Calcutta medical institutions reports 1871-78
Year: 1871
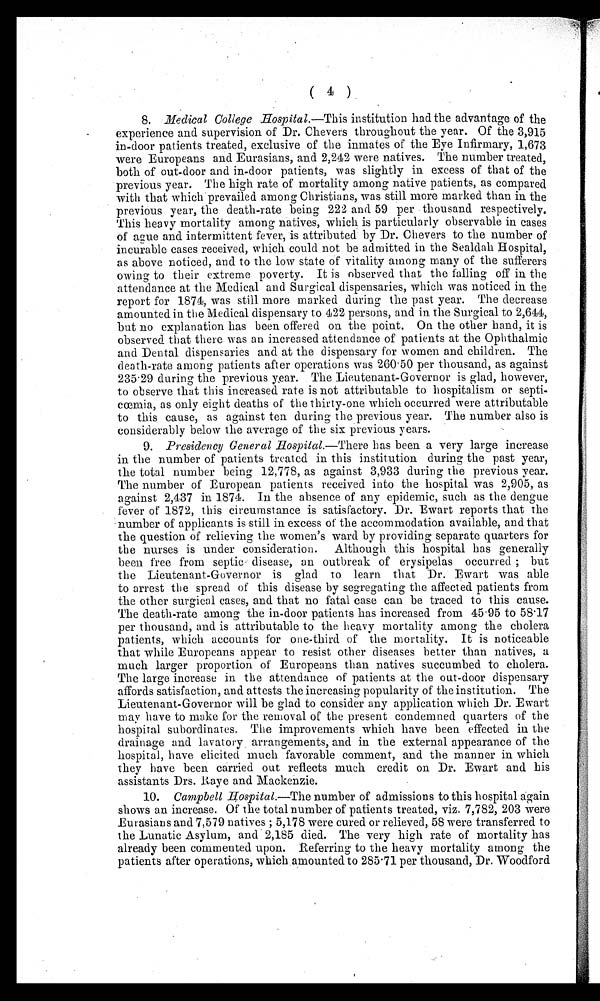
( 4 )
8. Medical College Hospital.—This institution had the advantage of the
experience and supervision of Dr. Chevers throughout the year. Of the 3,915
in-door patients treated, exclusive of the inmates of the Eye Infirmary, 1,673
were Europeans and Eurasians, and 2,242 were natives. The number treated,
both of out-door and in-door patients, was slightly in excess of that of the
previous year. The high rate of mortality among native patients, as compared
with that which prevailed among Christians, was still more marked than in the
previous year, the death-rate being 222 and 59 per thousand respectively,
This heavy mortality among natives, which is particularly observable in cases
of ague and intermittent fever, is attributed by Dr. Chevers to the number of
incurable cases received, which could not be admitted in the Sealdah Hospital,
as above noticed, and to the low state of vitality among many of the sufferers
owing to their extreme poverty. It is observed that the falling off in the
attendance at the Medical and Surgical dispensaries, which was noticed in the
report for 1874, was still more marked during the past year. The decrease
amounted in the Medical dispensary to 422 persons, and in the Surgical to 2,644,
but no explanation has been offered on. the point. On the other hand, it is
observed that there was an increased attendance of patients at the Ophthalmic
and Dental dispensaries and at the dispensary for women and children. The
death-rate among patients after operations was 260.50 per thousand, as against
235.29 during the previous year. The Lieutenant-Governor is glad, however,
to observe that this increased rate is not attributable to hospitalism or
septi-cœmia, as only eight deaths of the thirty-one which occurred were attributable
to this cause, as against ten during the previous year. The number also is
considerably below the average of the six previous years.
9. Presidency General Hospital.— There has been a very large increase
in the number of patients treated in this institution during the past year,
the total number being 12,778, as against 3,933 during the previous year.
The number of European patients received into the hospital was 2,905, as
against 2,437 in 1874. In the absence of any epidemic, such as the dengue
fever of 1872, this circumstance is satisfactory. Dr. Ewart reports that the
number of applicants is still in excess of the accommodation available, and that
the question of relieving the women's ward by providing separate quarters for
the nurses is under consideration. Although this hospital has generally
been free from septic disease, an outbreak of erysipelas occurred; but
the Lieutenant-Governor is glad to learn that Dr. Ewart was able
to arrest the spread of this disease by segregating the affected patients from
the other surgical cases, and that no fatal case can be traced to this cause.
The death-rate among the in-door patients has increased from 45.95 to 58.17
per thousand, and is attributable to the heavy mortality among the cholera
patients, which accounts for one-third of the mortality. It is noticeable
that while Europeans appear to resist other diseases better than natives, a
much larger proportion of Europeans than natives succumbed to cholera.
The large increase in the attendance of patients at the out-door dispensary
affords satisfaction, and attests the increasing popularity of the institution. The
Lieutenant-Governor will be glad to consider any application which Dr. Ewart
may have to make for the removal of the present condemned quarters of the
hospital subordinates. The improvements which have been effected in the
drainage and lavatory arrangements, and in the external appearance of the
hospital, have elicited much favorable comment, and the manner in which
they have been carried out reflects much credit on Dr. Ewart and his
assistants Drs. Raye and Mackenzie.
10. Campbell Hospital.—The number of admissions to this hospital again
shows an increase. Of the total number of patients treated, viz. 7,782, 203 were
Eurasians and 7,579 natives; 5,178 were cured or relieved, 58 were transferred to
the Lunatic Asylum, and 2,185 died. The very high rate of mortality has
already been commented upon. Referring to the heavy mortality among the
patients after operations, which amounted to 285.71 per thousand, Dr. Woodford